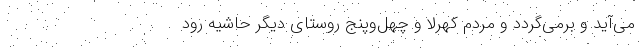
می‌آید و برمی‌گردد و مردم کُهرلا و چهل‌وپنج روستای دیگر حاشیه رود